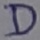
Text: D